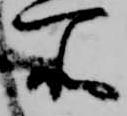
所